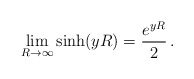
\begin{align*}\lim_{R\to \infty} \sinh (y R) =\frac{e^{yR}}{2}\,{.}\end{align*}